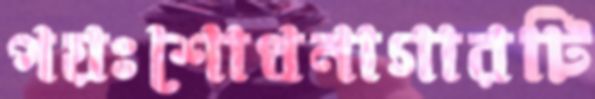
পয়ঃশোধনাগারটি